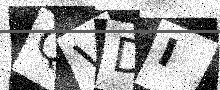
Text: QVDI